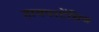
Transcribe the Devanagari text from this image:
हायपरटेंसिव